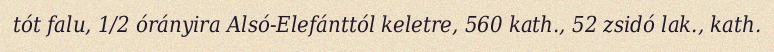
tót falu, 1/2 órányira Alsó-Elefánttól keletre, 560 kath., 52 zsidó lak., kath.